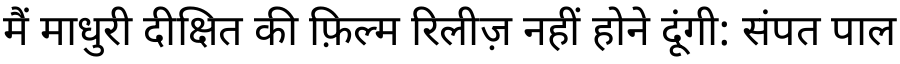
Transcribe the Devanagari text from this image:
मैं माधुरी दीक्षित की फ़िल्म रिलीज़ नहीं होने दूंगी: संपत पाल